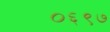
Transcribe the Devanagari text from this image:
०६९७